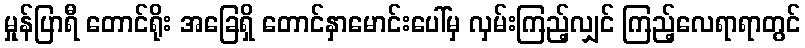
မှုန်ပြာရီ တောင်ရိုး အခြေရှိ တောင်နှာမောင်းပေါ်မှ လှမ်းကြည့်လျှင် ကြည့်လေရာရာတွင်